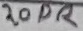
Text: 20DR